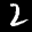
Label: 2